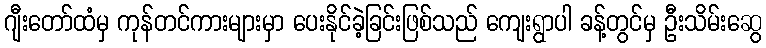
ဂျီးတော်ထံမှ ကုန်တင်ကားများမှာ ပေးနိုင်ခဲ့ခြင်းဖြစ်သည် ကျေးရွာပါ ခန့်တွင်မှ ဦးသိမ်းဆွေ